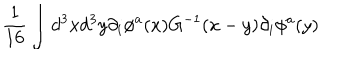
LaTeX: { \frac { 1 } { 1 6 } } \int d ^ { 3 } x d ^ { 3 } y \partial _ { i } \phi ^ { a } ( x ) G ^ { - 1 } ( x - y ) \partial _ { i } \phi ^ { a } ( y )